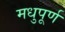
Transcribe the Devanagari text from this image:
मधुपूर्ण